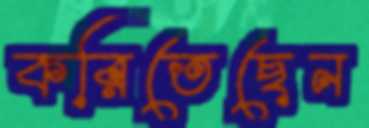
করিতেছেন